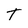
Character: T